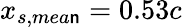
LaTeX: x_{s,mea\mathsf{n}}=0.53c